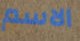
الاسم